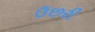
ઉછરી